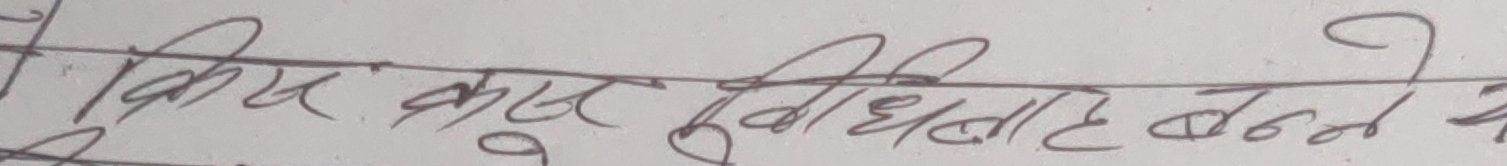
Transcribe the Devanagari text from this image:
किस कुरा सुविधाबाट बन्चत